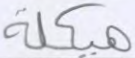
هيكلة